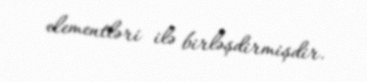
elementləri ilə birləşdirmişdir.